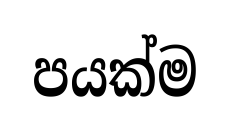
පයක්ම